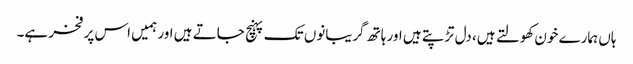
ہاں ہمارے خون کھولتے ہیں، دل تڑپتے ہیں اور ہاتھ گریبانوں تک پہنچ جاتے ہیں اور ہمیں اس پر فخر ہے۔